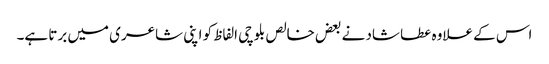
اس کے علاوہ عطا شاد نے بعض خالص بلوچی الفاظ کو اپنی شاعری میں برتا ہے۔